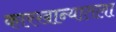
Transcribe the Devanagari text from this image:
कारखान्यातला